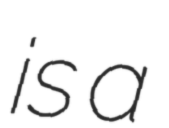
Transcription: is a